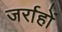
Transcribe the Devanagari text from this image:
जर्राहों